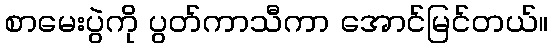
စာမေးပွဲကို ပွတ်ကာသီကာ အောင်မြင်တယ်။